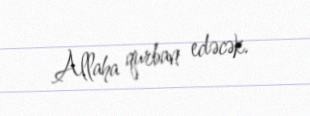
Allaha qurban edəcək.